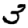
Digit: 3